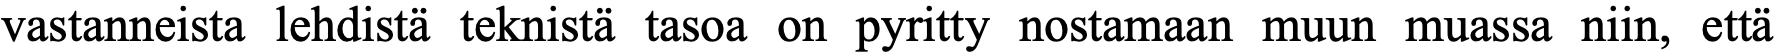
vastanneista lehdistä teknistä tasoa on pyritty nostamaan muun muassa niin, että